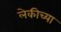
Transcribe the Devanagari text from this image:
लेकीच्या